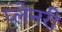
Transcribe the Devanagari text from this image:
प्लेनरी